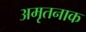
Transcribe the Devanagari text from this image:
अमृतनाक